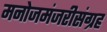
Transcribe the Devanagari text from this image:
मनोजमंजरीसंग्रह